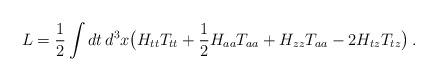
LaTeX: \begin{align*}L= \frac{1}{2} \int dt \, d^3 x \big( H_{tt} T_{tt} + \frac{1}{2}H_{aa} T_{aa} + H_{zz} T_{aa} - 2 H_{tz} T_{tz} \big) \,.\end{align*}